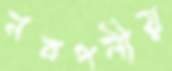
নবপলীয়